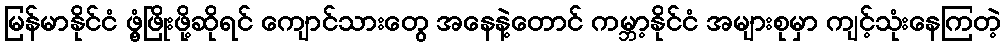
မြန်မာနိုင်ငံ ဖွံ့ဖြိုးဖို့ဆိုရင် ကျောင်သားတွေ အနေနဲ့တောင် ကမ္ဘာ့နိုင်ငံ အများစုမှာ ကျင့်သုံးနေကြတဲ့